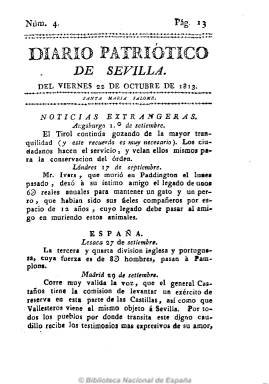
Título: Diario patriótico de Sevilla
Colección: Periódicos anteriores a 1850
Ámbito geográfico: Sevilla
Lugar de publicación: Sevilla
Fechas: 22/10/1813-15/02/1815

Periódico noticioso y político defensor a ultranza de la religión y Fernando VII, declaradamente anticonstitucional y que combatió con malas artes a los liberales. Comienza con el santoral, para continuar con noticias de España y del Extranjero, extractadas de otros periódicos o resumidas de cartas y otros papeles que llegaban en el correo, preferentemente sobre las guerras napoleónicas, así como artículos de oficio, decretos, circulares, etc. También publica noticias locales (cotización de los productos en la Real Alhóndiga, avisos, sueltos, etc.) y también algunas poesías de tono político. Comenzó a publicarse el 19 de octubre de 1813, en la imprenta de las Herederas de Padrino, en números de cuatro páginas, editando suplementos y extraordinarios, generalmente de una sola hoja. Para Chaves Rey, los artículos de opinión de este periódico “patriótico” fueron escritos con “lenguaje violento” e intransigente, falto de moderación. Este periódico servil fue dirigido por el antirreformista José María del Río, quien en esta misma época dirige también en la ciudad hispalense otros periódicos reaccionarios de carácter satírico (El Tío Tremenda… y La Tía Norica). En febrero de 1815 seguía publicándose, “con licencia” del capitán general de Sevilla.